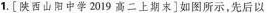
1. [陕西山阳中学2019高二上期末]如图所示，先后以